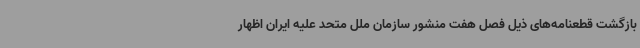
بازگشت قطعنامه‌های ذیل فصل هفت منشور سازمان ملل متحد علیه ایران اظهار